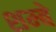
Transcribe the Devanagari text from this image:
शम्बे